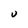
Character: U